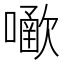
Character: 𡁀